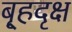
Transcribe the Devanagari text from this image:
बृ्हदृक्ष